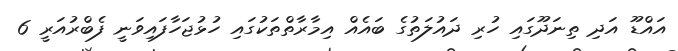
އައްޑޫ އަދި ތިނަދޫގައި ހުރި ދައުލަތުގެ ބައެއް އިމާރާތްތަކުގައި ހުޅުޖަހާފައިވަނީ ފެބްރުއަރީ 6